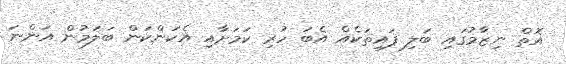
އޮތް ނިޒާމުގައި ބަލި ފައިތަކެއް އެބަ ހުރި ކަމަށާއި އެކަންކަން ބަލަމުން އަންނަ